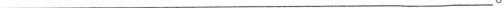
___。